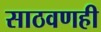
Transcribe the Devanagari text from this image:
साठवणही